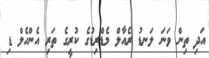
އަދި ތިން ވަނަ ލަނޑު ރެއާލް މެޑްރިޑުގެ ކުރީގެ ތަރި އެންހެލް ޑި